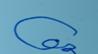
Signature authenticity: forged